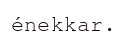
énekkar.